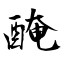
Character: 醃